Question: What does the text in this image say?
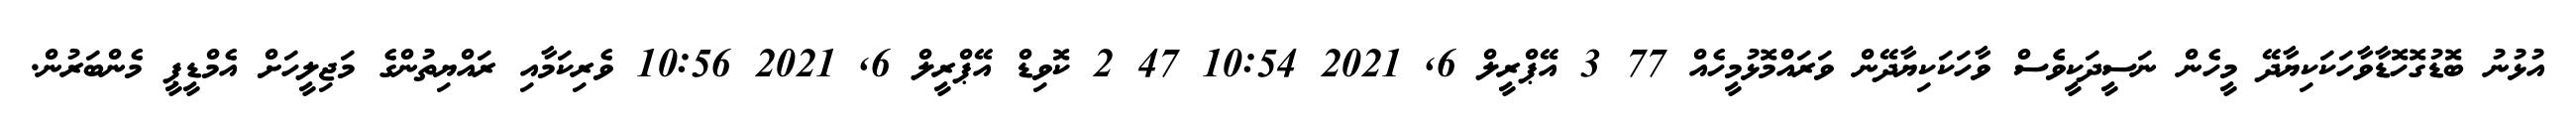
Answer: އުޅުނު ބޮޑުގޮހޮޑާވާހަކަކިޔާދޭ މީހެން ނަސީދަކީވެެސް ވާހަކަކިޔާދޭން ވަރައްމޮޅުމީހެއް 77 3 އޭޕްރީލް 6, 2021 10:54 47 2 ކޮވިޑް އޭޕްރީލް 6, 2021 10:56 ވެރިކަމާއި ރައްޔިތުންގެ މަޖިލީހަށް އެމްޑީޕީ މެންބަރުން.